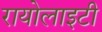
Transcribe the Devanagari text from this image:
रायोलाइटी